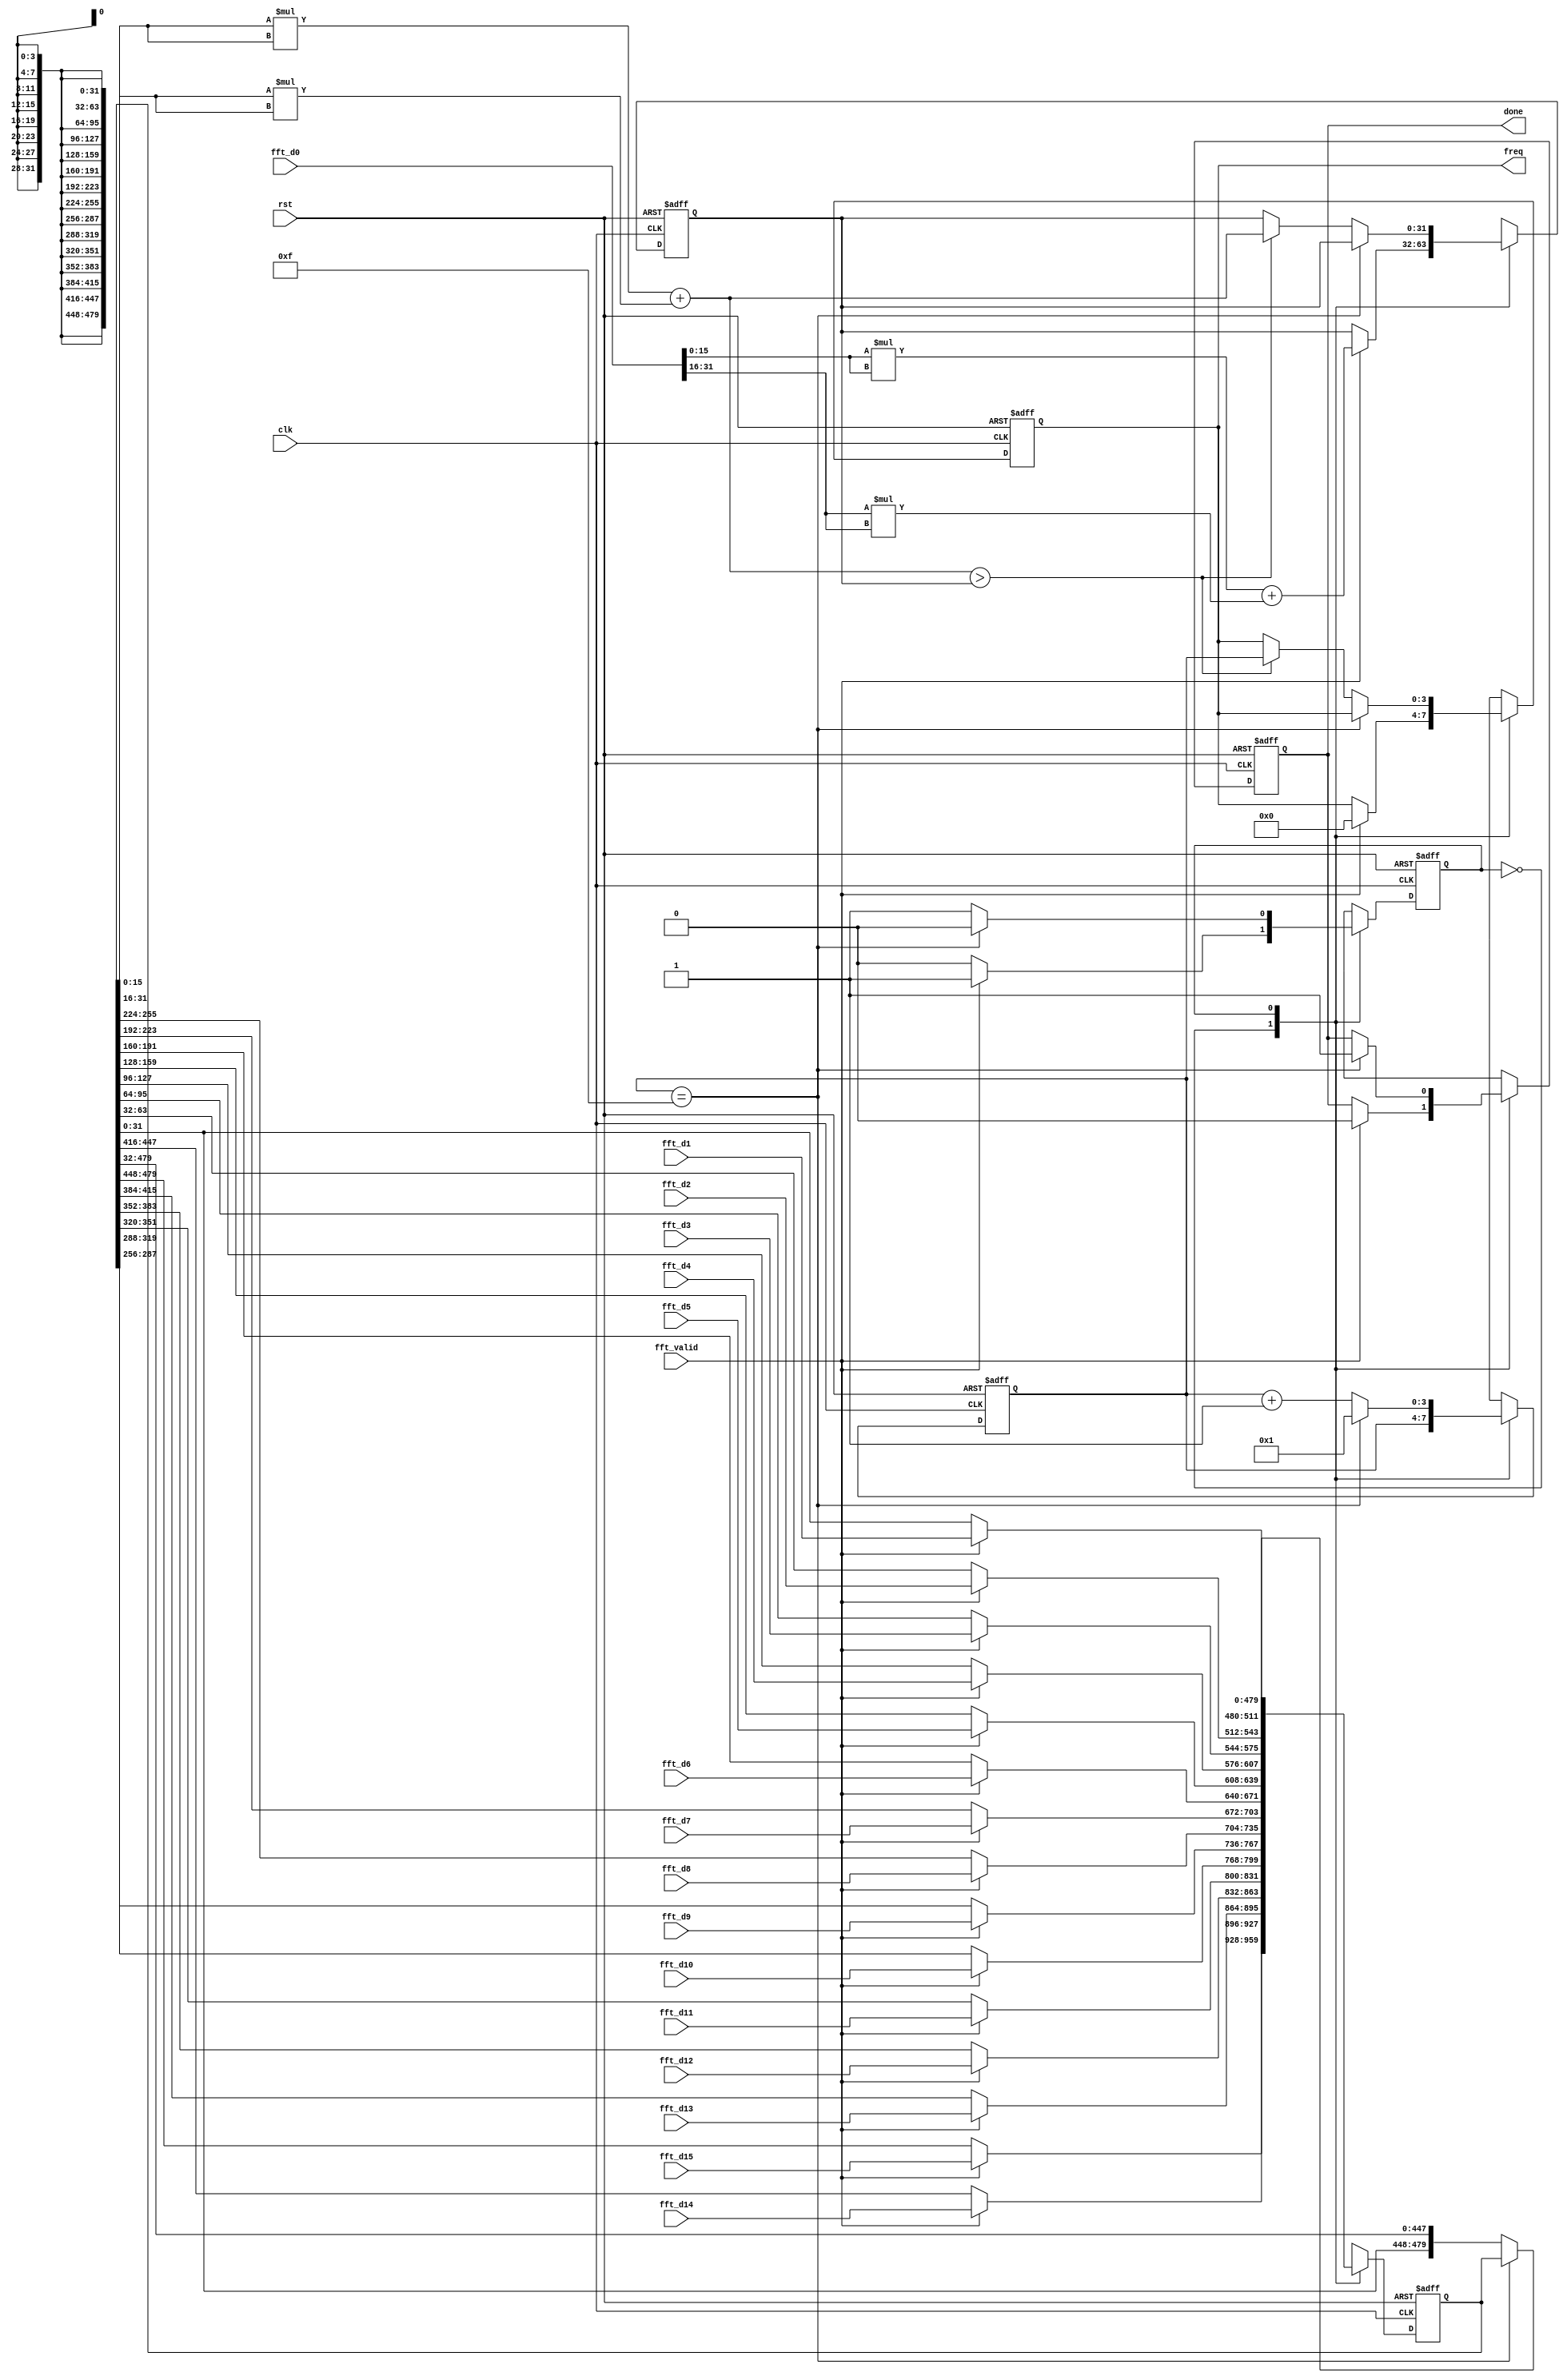

module ANALYSIS (fft_valid, fft_d1, fft_d2, fft_d3, fft_d4, fft_d5, fft_d6, fft_d7, fft_d8,
                 fft_d9, fft_d10, fft_d11, fft_d12, fft_d13, fft_d14, fft_d15, fft_d0, clk, rst, done, freq
                );

    localparam IDLE = 0;
    localparam RUN  = 1;

    input clk, rst;
    input fft_valid;

    input [31:0] fft_d1, fft_d2, fft_d3, fft_d4, fft_d5, fft_d6, fft_d7, fft_d8;
    input [31:0] fft_d9, fft_d10, fft_d11, fft_d12, fft_d13, fft_d14, fft_d15, fft_d0;

    output done;
    output [3:0] freq;

    reg state_w, state_r;
    reg [479:0] f_w, f_r;
    reg [  3:0] cnt_w, cnt_r;
    reg [ 31:0] sum_w, sum_r;
    reg done_w, done_r;
    reg [3:0] freq_w, freq_r;

    reg [31:0]tmp;

    assign freq = freq_r;
    assign done = done_r;

    always@ (*) begin
            state_w = state_r;
            cnt_w = cnt_r;
            sum_w = sum_r;
            f_w   = f_r;

            done_w = done_r;
            freq_w = freq_r;

        case(state_r)
            IDLE: begin
                if (fft_valid) begin
                    state_w = RUN;
                    sum_w = $signed(fft_d0[15:0])*$signed(fft_d0[15:0]) + $signed(fft_d0[31:16])*$signed(fft_d0[31:16]);
                    freq_w = 4'b0000;
                    done_w = 1'b0;
                    f_w[ 31:  0] = fft_d1;
                    f_w[ 63: 32] = fft_d2;
                    f_w[ 95: 64] = fft_d3;
                    f_w[127: 96] = fft_d4;
                    f_w[159:128] = fft_d5;
                    f_w[191:160] = fft_d6;
                    f_w[223:192] = fft_d7;
                    f_w[255:224] = fft_d8;
                    f_w[287:256] = fft_d9;
                    f_w[319:288] = fft_d10;
                    f_w[351:320] = fft_d11;
                    f_w[383:352] = fft_d12;
                    f_w[415:384] = fft_d13;
                    f_w[447:416] = fft_d14;
                    f_w[479:448] = fft_d15;
                end else begin
                    state_w = IDLE;
                    f_w = f_r;
                end
            end
            RUN: begin
                if (cnt_r==4'b1111) begin
                    done_w = 1'b1;
                    state_w = IDLE;
                    cnt_w = 4'b1;
                end else begin
                    cnt_w = cnt_r + 1'b1;
                    f_w = {f_r[31:0], f_r[479:32]};

                    tmp = $signed(f_r[15:0])*$signed(f_r[15:0]) + $signed(f_r[31:16])*$signed(f_r[31:16]);
                    if (tmp > sum_r) begin
                        sum_w = tmp;
                        freq_w = cnt_r;
                    end else begin
                        sum_w = sum_r;
                        freq_w = freq_r;
                    end
                end
            end

        endcase
    end

    always@ (posedge clk or posedge rst) begin
        if (rst) begin
            state_r <= IDLE;
            cnt_r <= 4'b1;
            sum_r <= 32'b0;
            f_r   <= 512'b0;

            done_r <= 1'b0;
            freq_r <= 4'b0;
        end else begin
            state_r <= state_w;
            cnt_r <= cnt_w;
            sum_r <= sum_w;
            f_r <= f_w;
            done_r <= done_w;
            freq_r <= freq_w;
        end
    end

endmodule